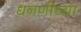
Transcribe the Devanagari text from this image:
धनणीच्या